Bréfritari: Þórunn Pálsdóttir
Viðtakandi: Páll Pálsson
Dagsetning: A-1830-01-06
Skrifað á: Kirkjubæ  N-Múl.
Páll var bróðir Þórunnar

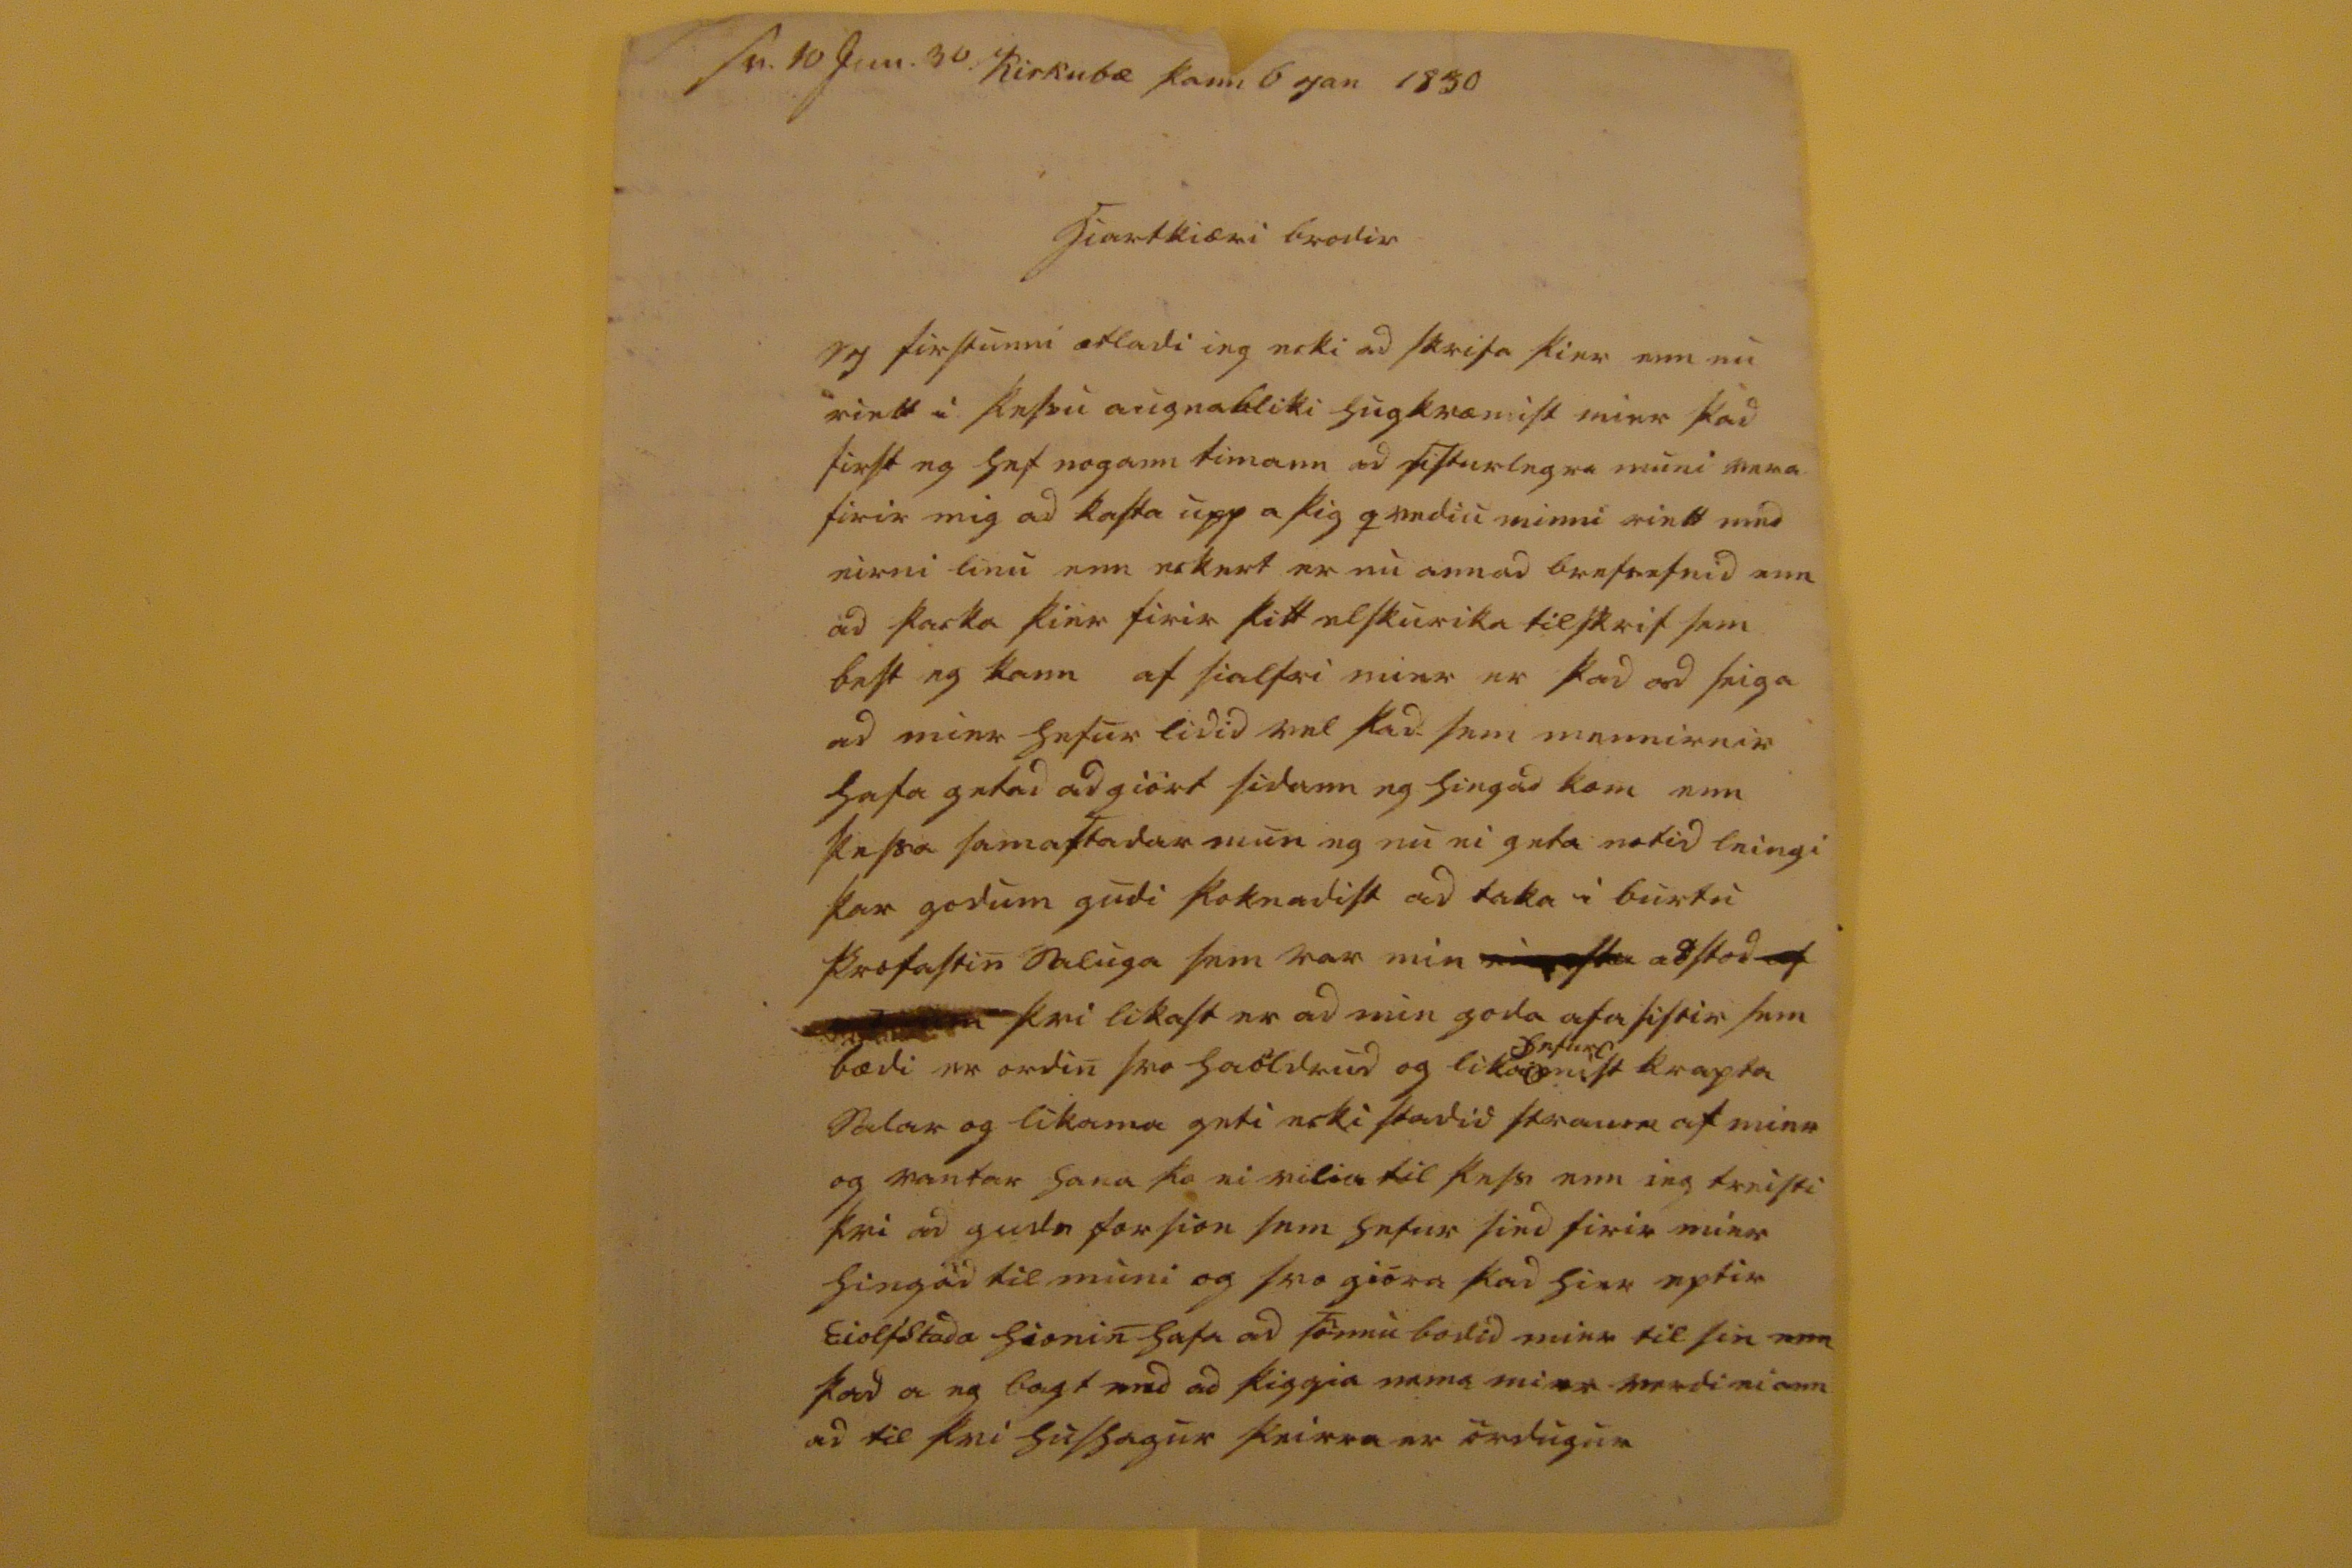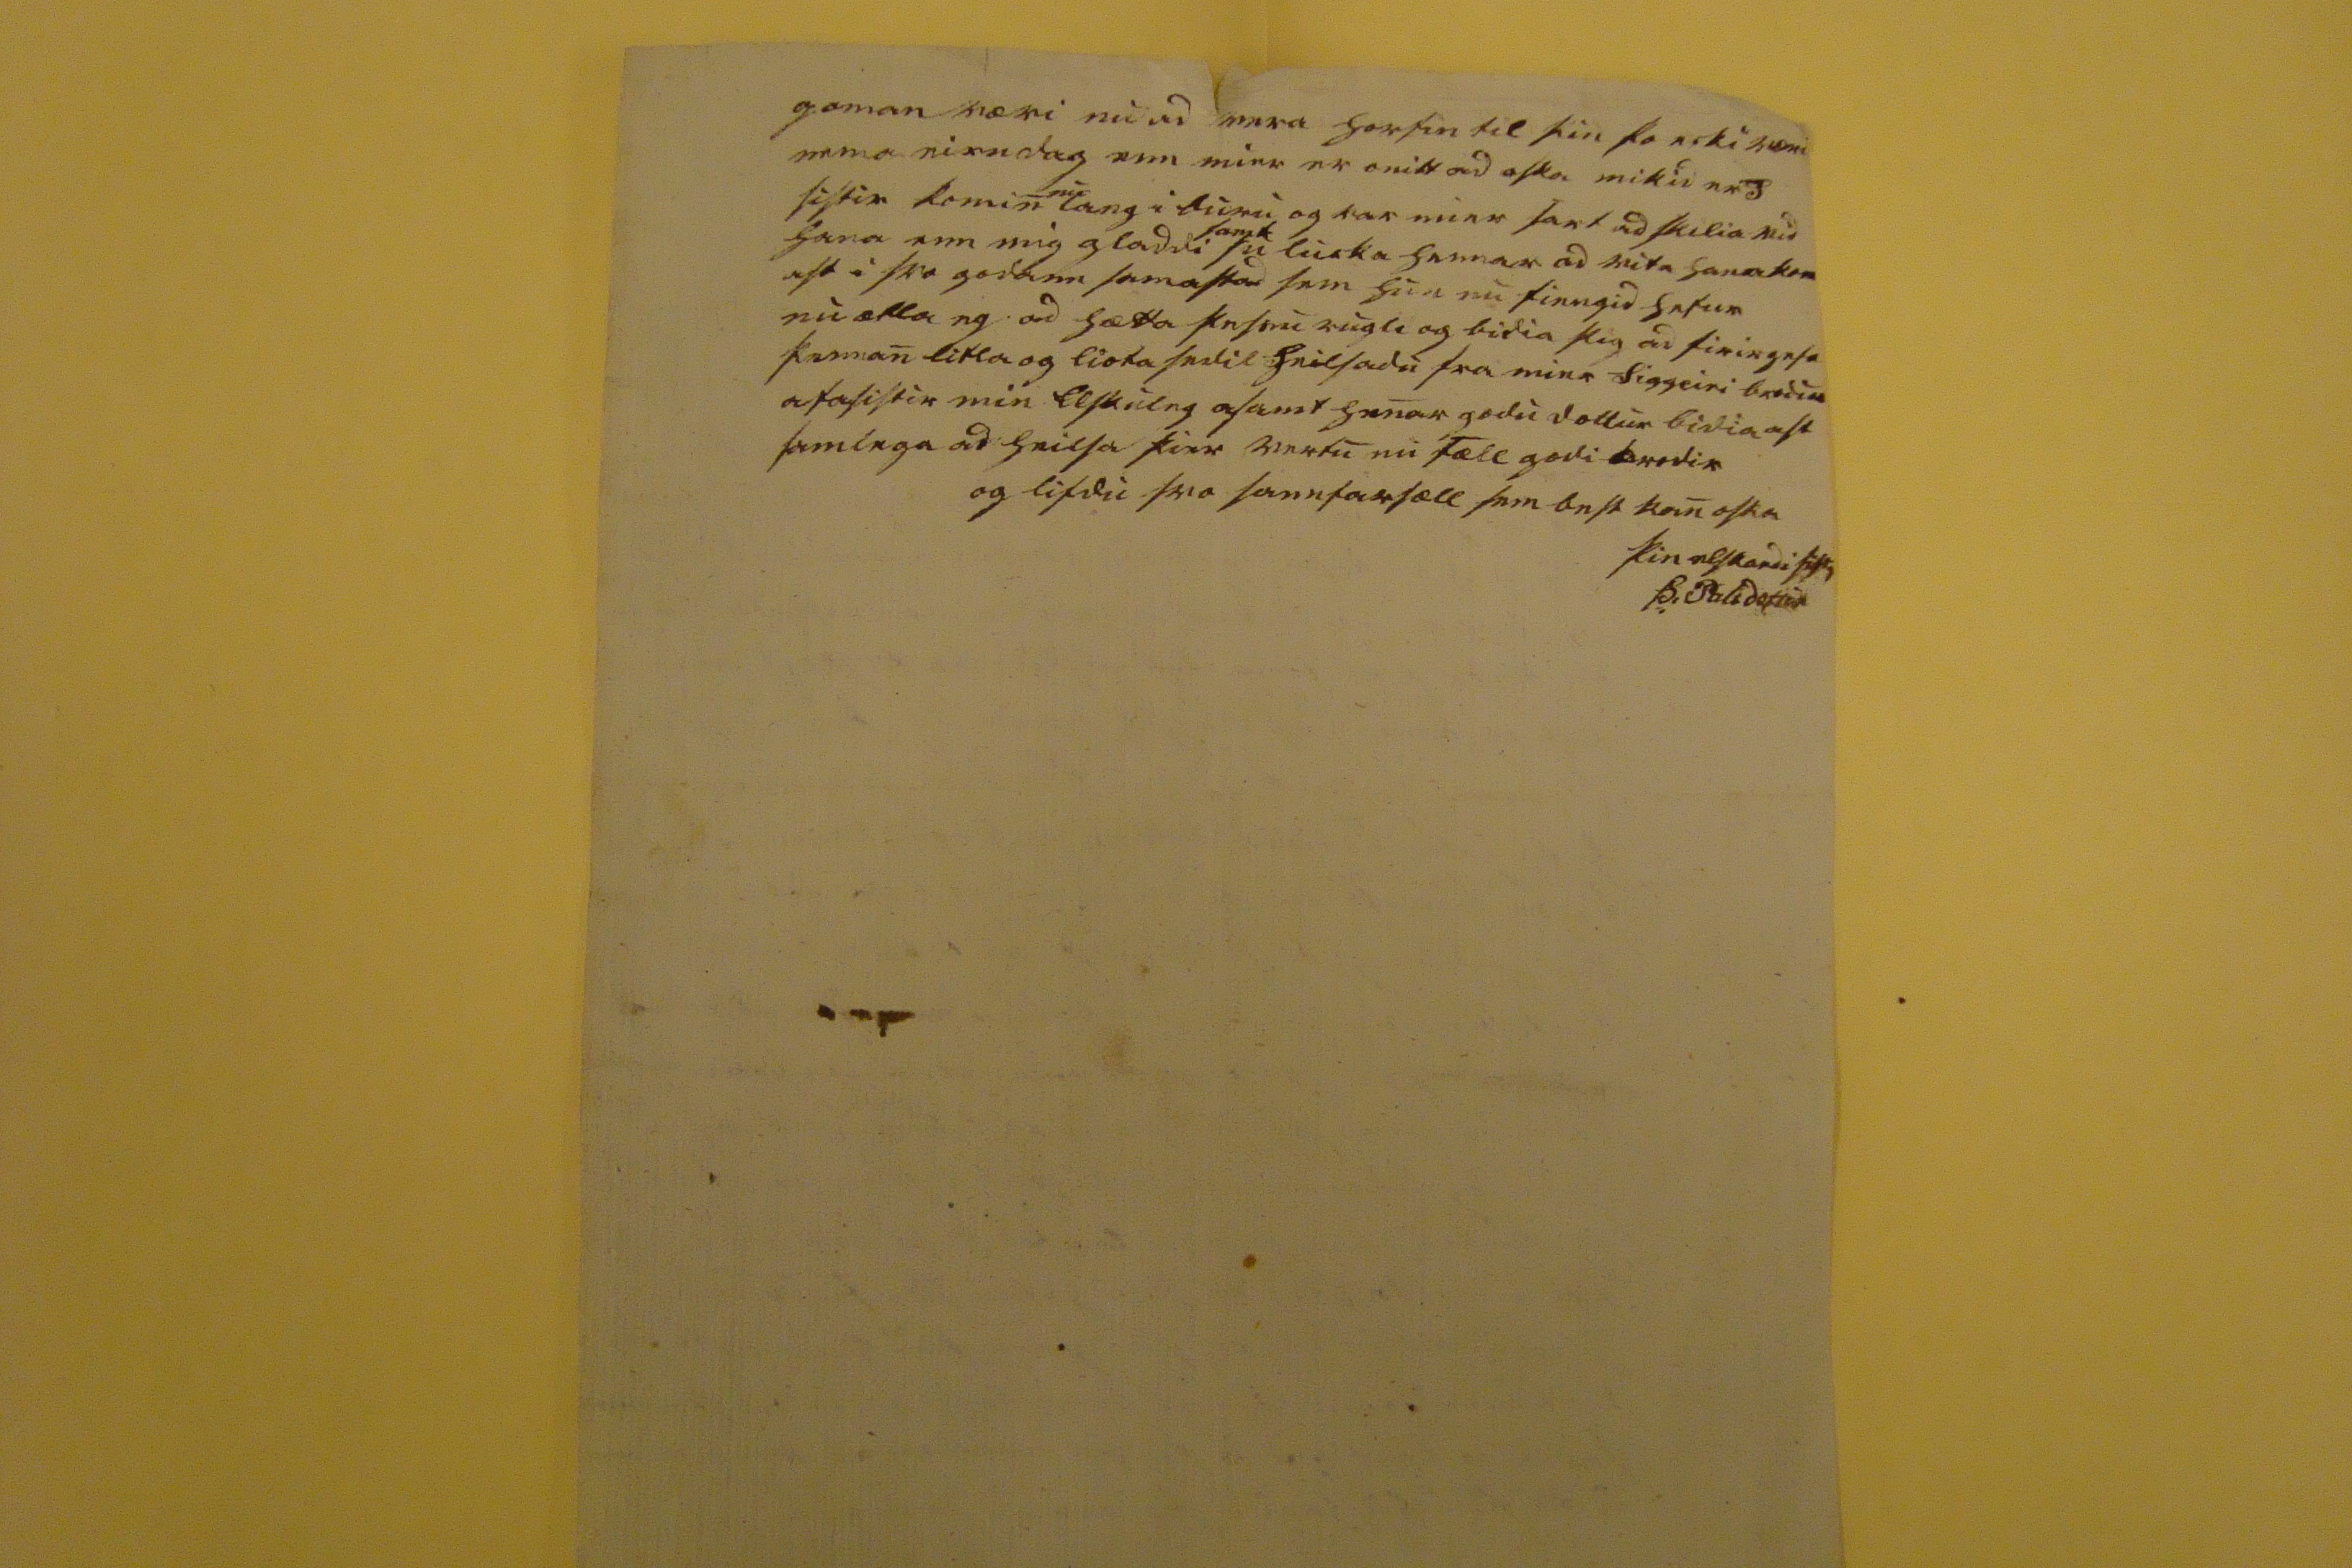

s0. 10 jun. 30
Kirkubæ þann 6 jan 1830
hiartkiæri brodir
eg
firstunni ætladi ieg ecki ad skrifa þier enn nu riett i þessu augnabliki hugkvæmist mier þad first eg hef nogann timann ad sisturlegra muni vera firir mig ad kasta upp a þig qvediu minni riett med eirni linu sem eckert er nu annad brefsefnid enn ad þacka þier firir þitt elskurika tilskrif sem best eg kann af sialfri mier er þad ad seiga ad mier hefur lidi vel þad sem mennirnir hafa getad ad giört sidann eg hingad kom enn þessa samastadar mun eg nu ei geta notid leingi þar godum gudi þoknadist ad taka i burtu profastin saluga sem var min
00000
adstod
00 000000
þvi likast er ad min goda afasistir sem bædi er ordin svo haöldrud og
lika
0etu00
000ist
krapta salar og likama geti ecki stadid straum af mier og vantar hana þo ei vilia til þess enn ieg treisti þvi ad
geta
forsion sem hefur sied firir mier hindad til muni og svo giora þad hier eptir Eiolfstada hionin hafa ad förnu bodid mier til sin enn þad a eg bagt med ad þiggia nema mier verdi ei ann ad til þvi hushagur þeirra er
ördugur
gaman væri nu ad vera horfin til þin þo ecki væri nema eirn dag enn mier er onitt ad oska mikid
med
sistir komin
nu
lang i buru og var mier sart ad skilia vid hana enn mig gladdi
samt
se li00ka
hennar ad vita hana kom ast i svo godann samastad sem hun nu finngid hefur nu ætla eg ad hætta þessu rugli og bidia þig ad firirgefa þennan litla og liata sedil heilsadu fra mier Siggeiri brodur afasistir min elskuleg asamt henar godu dottur bidia ast samlega ad heilsa þier vertu nu sæll godi brodir og lifdu svo sannfarsæll sem best kan oska
þin elskandi sistir
Þ: Palsdottir